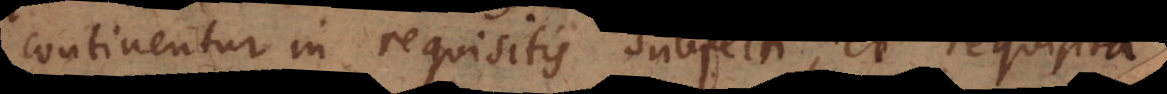
continentur in requisitis subjecti, et requisita